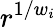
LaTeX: r^{1/w_{i}}